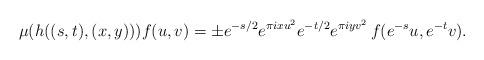
LaTeX: \begin{align*}\mu(h((s,t),(x,y)))f(u,v)=\pm e^{- s/2}e^{\pi i x u^2}e^{-t/2}e^{\pi i y v^2} \,f(e^{-s}u,e^{-t}v).\end{align*}